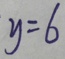
y = 6